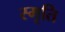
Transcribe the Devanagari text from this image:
स्‍मृति